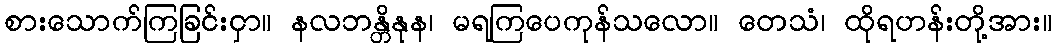
စားသောက်ကြခြင်းငှာ။ နလဘန္တိနုန၊ မရကြပေကုန်သလော။ တေသံ၊ ထိုရဟန်းတို့အား။